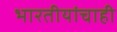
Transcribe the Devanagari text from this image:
भारतीयांचाही